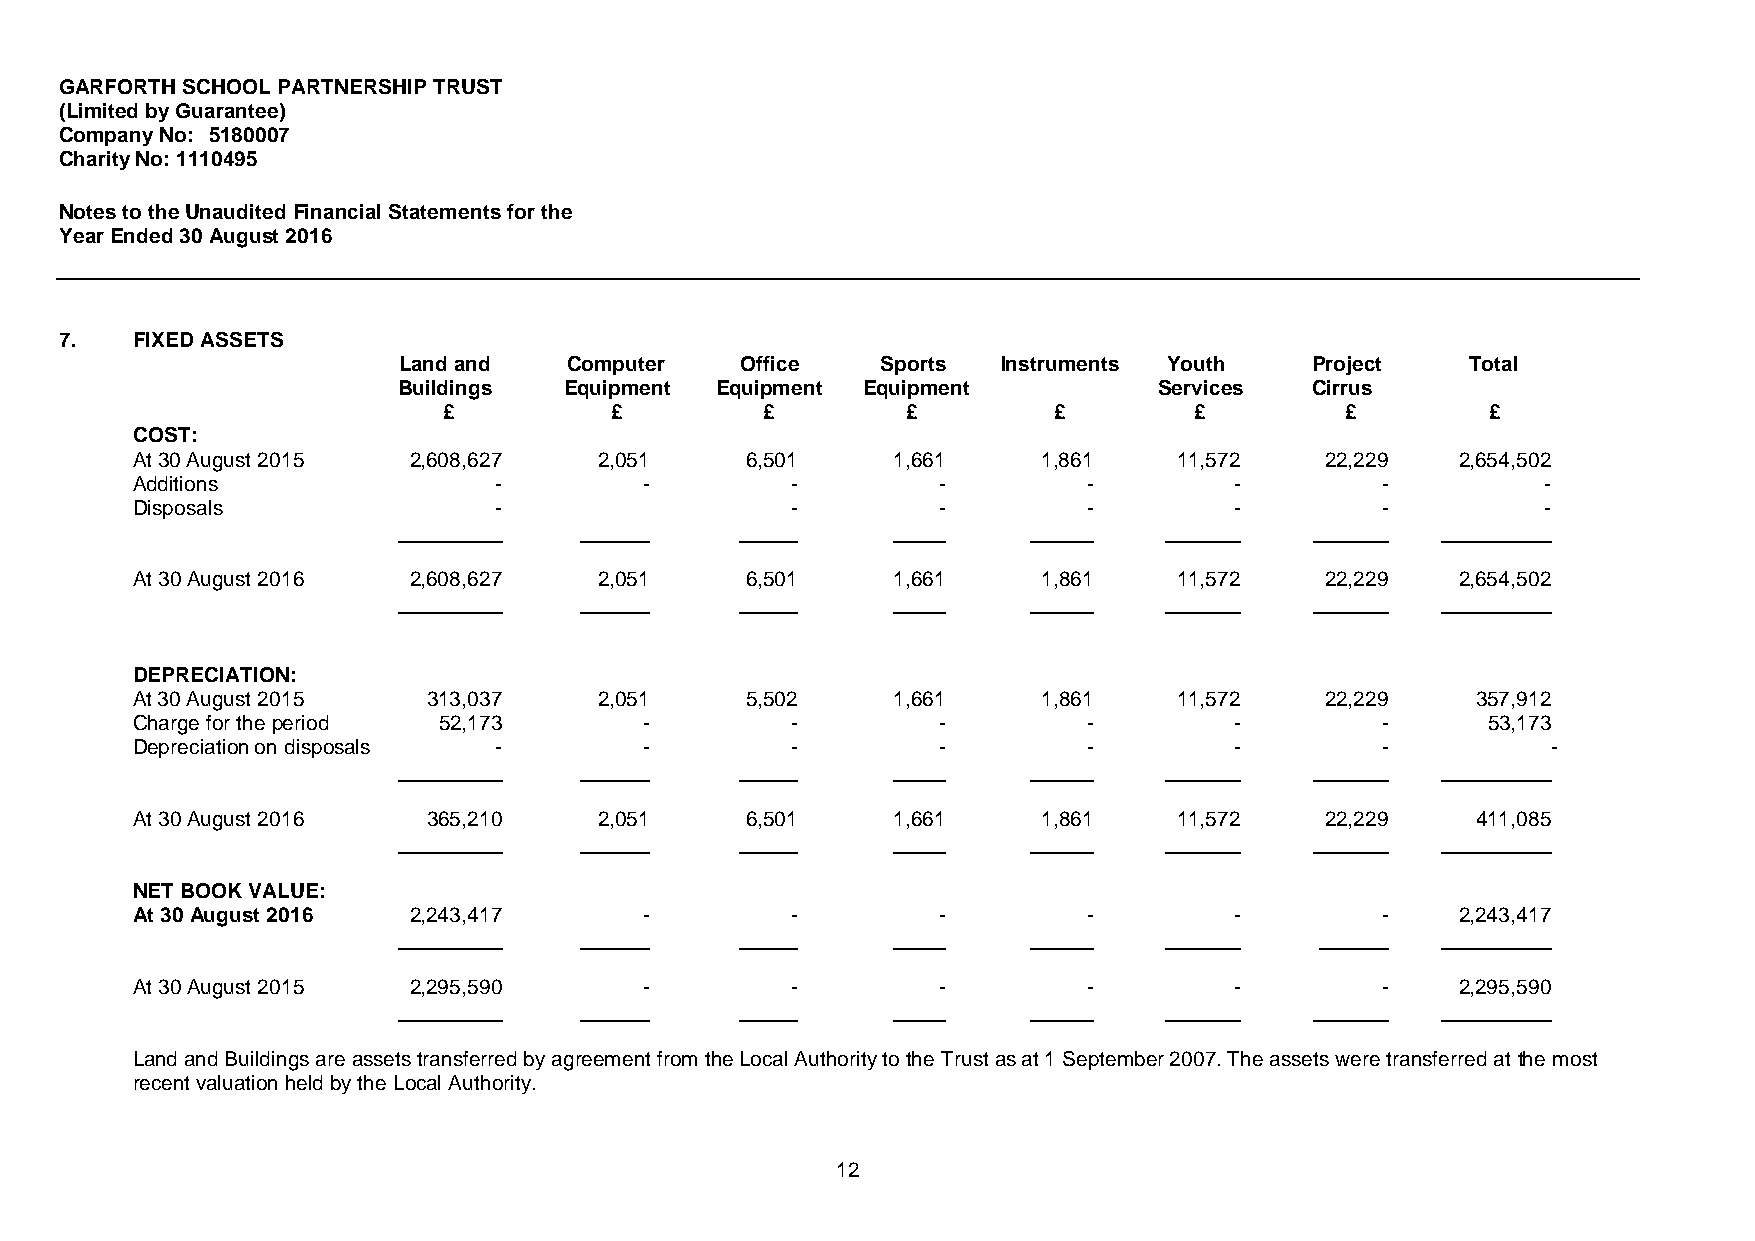
GARFORTH SCHOOL PARTNERSHIP TRUST
 (Limited by Guarantee)
 Company No: 5180007
 Charity No: 1110495
 Notes to the Unaudited Financial Statements for the
 Year Ended 30 August 2016
 7.   FIXED ASSETS
 Land and    Computer   Office   Sports  Instruments Youth    Project   Total
 Buildings  Equipment Equipment Equipment           Services  Cirrus
 £          £         £         £         £        £         £         £
 COST:
 At 30 August 2015 2,608,627    2,051    6,501     1,661     1,861    11,572    22,229   2,654,502
 Additions               -         -        -         -         -         -        -          -
 Disposals               -                  -         -         -         -        -          -
 At 30 August 2016 2,608,627    2,051    6,501     1,661     1,861    11,572    22,229   2,654,502
 DEPRECIATION:
 At 30 August 2015  313,037     2,051    5,502     1,661     1,861    11,572    22,229    357,912
 Charge for the period 52,173      -        -         -         -         -        -      53,173
 Depreciation on disposals -       -        -         -         -         -        -           -
 At 30 August 2016  365,210     2,051    6,501     1,661     1,861    11,572    22,229    411,085
 NET BOOK VALUE:
 At 30 August 2016 2,243,417       -        -         -         -         -        -     2,243,417
 At 30 August 2015 2,295,590       -        -         -         -         -        -     2,295,590
 Land and Buildings are assets transferred by agreement from the Local Authority to the Trust as at 1 September 2007. The assets were transferred at the most
 recent valuation held by the Local Authority.
 12